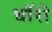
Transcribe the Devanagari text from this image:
थॉरो